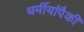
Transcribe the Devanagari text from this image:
धर्मीयांपैकी